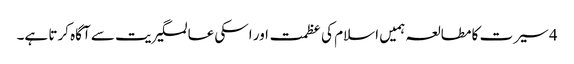
4 سیرت کا مطالعہ ہمیں اسلام کی عظمت اور اسکی عالمگیریت سے آگاہ کرتا ہے۔